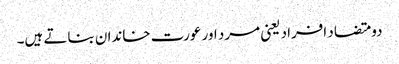
دو متضاد افراد یعنی مرد اور عورت خاندان بناتے ہیں۔